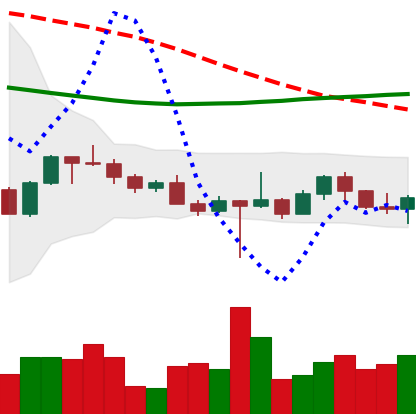
Ticker: ETH-USD
Chart end date: 2022-10-21
Forward return: 20.51%
Label: up_7plus